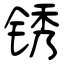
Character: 锈